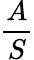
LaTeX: \frac{A}{S}